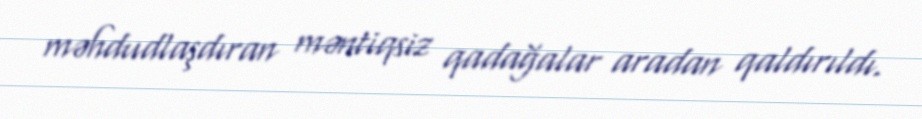
məhdudlaşdıran məntiqsiz qadağalar aradan qaldırıldı.